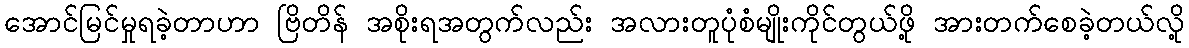
အောင်မြင်မှုရခဲ့တာဟာ ဗြိတိန် အစိုးရအတွက်လည်း အလားတူပုံစံမျိုးကိုင်တွယ်ဖို့ အားတက်စေခဲ့တယ်လို့